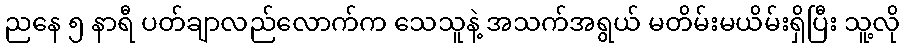
ညနေ ၅ နာရီ ပတ်ချာလည်လောက်က သေသူနဲ့ အသက်အရွယ် မတိမ်းမယိမ်းရှိပြီး သူ့လို